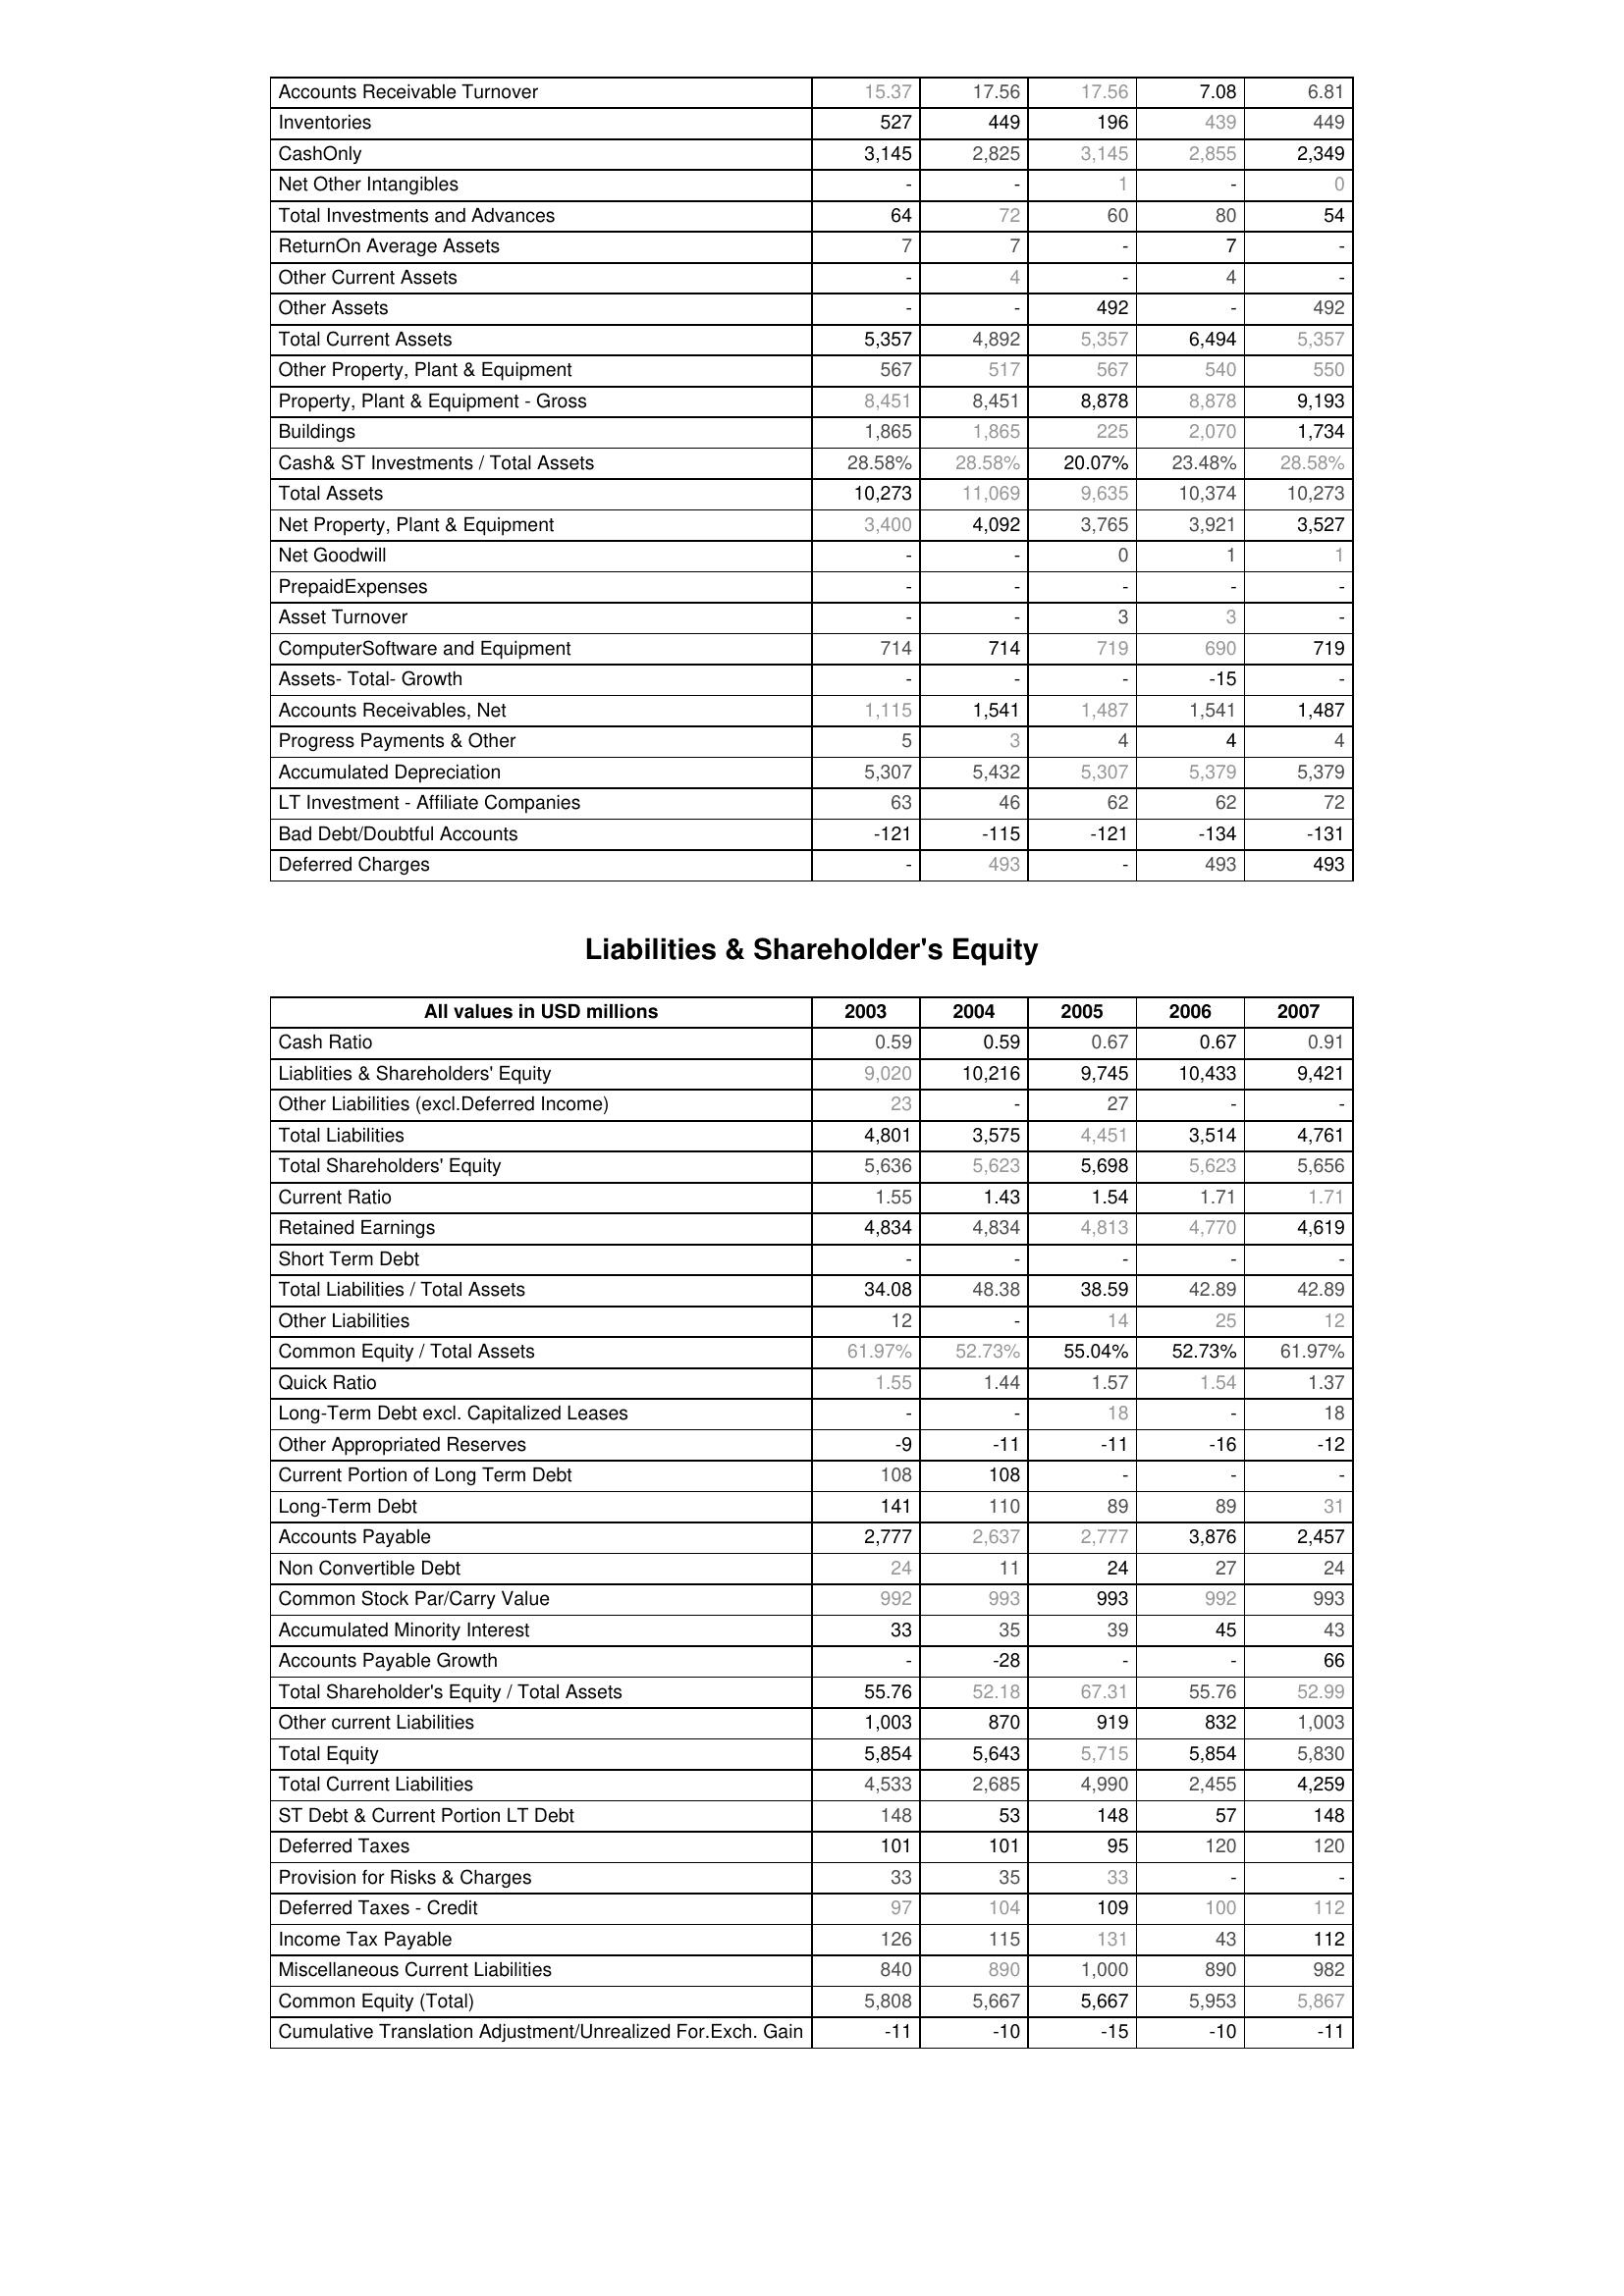
2003: Assets: Accounts Receivable Turnover: 15.37
Inventories: 527
CashOnly: 3,145
Net Other Intangibles: -
Total Investments and Advances: 64
ReturnOn Average Assets: 7
Other Current Assets: -
Other Assets: -
Total Current Assets: 5,357
Other Property, Plant & Equipment: 567
Property, Plant & Equipment - Gross : 8,451
Buildings: 1,865
Cash& ST Investments / Total Assets: 28.58%
Total Assets: 10,273
Net Property, Plant & Equipment: 3,400
Net Goodwill: -
PrepaidExpenses: -
Asset Turnover: -
ComputerSoftware and Equipment: 714
Assets- Total- Growth: -
Accounts Receivables, Net: 1,115
Progress Payments & Other: 5
Accumulated Depreciation: 5,307
LT Investment - Affiliate Companies: 63
Bad Debt/Doubtful Accounts: -121
Deferred Charges: -
Liabilities & Shareholder's Equity: Cash Ratio: 0.59
Liablities & Shareholders' Equity: 9,020
Other Liabilities (excl.Deferred Income): 23
Total Liabilities: 4,801
Total Shareholders' Equity: 5,636
Current Ratio: 1.55
Retained Earnings: 4,834
Short Term Debt: -
Total Liabilities / Total Assets: 34.08
Other Liabilities: 12
Common Equity / Total Assets: 61.97%
Quick Ratio: 1.55
Long-Term Debt excl. Capitalized Leases: -
Other Appropriated Reserves: -9
Current Portion of Long Term Debt: 108
Long-Term Debt: 141
Accounts Payable: 2,777
Non Convertible Debt: 24
Common Stock Par/Carry Value: 992
Accumulated Minority Interest: 33
Accounts Payable Growth: -
Total Shareholder's Equity / Total Assets: 55.76
Other current Liabilities: 1,003
Total Equity: 5,854
Total Current Liabilities: 4,533
ST Debt & Current Portion LT Debt: 148
Deferred Taxes: 101
Provision for Risks & Charges: 33
Deferred Taxes - Credit: 97
Income Tax Payable: 126
Miscellaneous Current Liabilities: 840
Common Equity (Total): 5,808
Cumulative Translation Adjustment/Unrealized For.Exch. Gain: -11
2004: Assets: Accounts Receivable Turnover: 17.56
Inventories: 449
CashOnly: 2,825
Net Other Intangibles: -
Total Investments and Advances: 72
ReturnOn Average Assets: 7
Other Current Assets: 4
Other Assets: -
Total Current Assets: 4,892
Other Property, Plant & Equipment: 517
Property, Plant & Equipment - Gross : 8,451
Buildings: 1,865
Cash& ST Investments / Total Assets: 28.58%
Total Assets: 11,069
Net Property, Plant & Equipment: 4,092
Net Goodwill: -
PrepaidExpenses: -
Asset Turnover: -
ComputerSoftware and Equipment: 714
Assets- Total- Growth: -
Accounts Receivables, Net: 1,541
Progress Payments & Other: 3
Accumulated Depreciation: 5,432
LT Investment - Affiliate Companies: 46
Bad Debt/Doubtful Accounts: -115
Deferred Charges: 493
Liabilities & Shareholder's Equity: Cash Ratio: 0.59
Liablities & Shareholders' Equity: 10,216
Other Liabilities (excl.Deferred Income): -
Total Liabilities: 3,575
Total Shareholders' Equity: 5,623
Current Ratio: 1.43
Retained Earnings: 4,834
Short Term Debt: -
Total Liabilities / Total Assets: 48.38
Other Liabilities: -
Common Equity / Total Assets: 52.73%
Quick Ratio: 1.44
Long-Term Debt excl. Capitalized Leases: -
Other Appropriated Reserves: -11
Current Portion of Long Term Debt: 108
Long-Term Debt: 110
Accounts Payable: 2,637
Non Convertible Debt: 11
Common Stock Par/Carry Value: 993
Accumulated Minority Interest: 35
Accounts Payable Growth: -28
Total Shareholder's Equity / Total Assets: 52.18
Other current Liabilities: 870
Total Equity: 5,643
Total Current Liabilities: 2,685
ST Debt & Current Portion LT Debt: 53
Deferred Taxes: 101
Provision for Risks & Charges: 35
Deferred Taxes - Credit: 104
Income Tax Payable: 115
Miscellaneous Current Liabilities: 890
Common Equity (Total): 5,667
Cumulative Translation Adjustment/Unrealized For.Exch. Gain: -10
2005: Assets: Accounts Receivable Turnover: 17.56
Inventories: 196
CashOnly: 3,145
Net Other Intangibles: 1
Total Investments and Advances: 60
ReturnOn Average Assets: -
Other Current Assets: -
Other Assets: 492
Total Current Assets: 5,357
Other Property, Plant & Equipment: 567
Property, Plant & Equipment - Gross : 8,878
Buildings: 225
Cash& ST Investments / Total Assets: 20.07%
Total Assets: 9,635
Net Property, Plant & Equipment: 3,765
Net Goodwill: 0
PrepaidExpenses: -
Asset Turnover: 3
ComputerSoftware and Equipment: 719
Assets- Total- Growth: -
Accounts Receivables, Net: 1,487
Progress Payments & Other: 4
Accumulated Depreciation: 5,307
LT Investment - Affiliate Companies: 62
Bad Debt/Doubtful Accounts: -121
Deferred Charges: -
Liabilities & Shareholder's Equity: Cash Ratio: 0.67
Liablities & Shareholders' Equity: 9,745
Other Liabilities (excl.Deferred Income): 27
Total Liabilities: 4,451
Total Shareholders' Equity: 5,698
Current Ratio: 1.54
Retained Earnings: 4,813
Short Term Debt: -
Total Liabilities / Total Assets: 38.59
Other Liabilities: 14
Common Equity / Total Assets: 55.04%
Quick Ratio: 1.57
Long-Term Debt excl. Capitalized Leases: 18
Other Appropriated Reserves: -11
Current Portion of Long Term Debt: -
Long-Term Debt: 89
Accounts Payable: 2,777
Non Convertible Debt: 24
Common Stock Par/Carry Value: 993
Accumulated Minority Interest: 39
Accounts Payable Growth: -
Total Shareholder's Equity / Total Assets: 67.31
Other current Liabilities: 919
Total Equity: 5,715
Total Current Liabilities: 4,990
ST Debt & Current Portion LT Debt: 148
Deferred Taxes: 95
Provision for Risks & Charges: 33
Deferred Taxes - Credit: 109
Income Tax Payable: 131
Miscellaneous Current Liabilities: 1,000
Common Equity (Total): 5,667
Cumulative Translation Adjustment/Unrealized For.Exch. Gain: -15
2006: Assets: Accounts Receivable Turnover: 7.08
Inventories: 439
CashOnly: 2,855
Net Other Intangibles: -
Total Investments and Advances: 80
ReturnOn Average Assets: 7
Other Current Assets: 4
Other Assets: -
Total Current Assets: 6,494
Other Property, Plant & Equipment: 540
Property, Plant & Equipment - Gross : 8,878
Buildings: 2,070
Cash& ST Investments / Total Assets: 23.48%
Total Assets: 10,374
Net Property, Plant & Equipment: 3,921
Net Goodwill: 1
PrepaidExpenses: -
Asset Turnover: 3
ComputerSoftware and Equipment: 690
Assets- Total- Growth: -15
Accounts Receivables, Net: 1,541
Progress Payments & Other: 4
Accumulated Depreciation: 5,379
LT Investment - Affiliate Companies: 62
Bad Debt/Doubtful Accounts: -134
Deferred Charges: 493
Liabilities & Shareholder's Equity: Cash Ratio: 0.67
Liablities & Shareholders' Equity: 10,433
Other Liabilities (excl.Deferred Income): -
Total Liabilities: 3,514
Total Shareholders' Equity: 5,623
Current Ratio: 1.71
Retained Earnings: 4,770
Short Term Debt: -
Total Liabilities / Total Assets: 42.89
Other Liabilities: 25
Common Equity / Total Assets: 52.73%
Quick Ratio: 1.54
Long-Term Debt excl. Capitalized Leases: -
Other Appropriated Reserves: -16
Current Portion of Long Term Debt: -
Long-Term Debt: 89
Accounts Payable: 3,876
Non Convertible Debt: 27
Common Stock Par/Carry Value: 992
Accumulated Minority Interest: 45
Accounts Payable Growth: -
Total Shareholder's Equity / Total Assets: 55.76
Other current Liabilities: 832
Total Equity: 5,854
Total Current Liabilities: 2,455
ST Debt & Current Portion LT Debt: 57
Deferred Taxes: 120
Provision for Risks & Charges: -
Deferred Taxes - Credit: 100
Income Tax Payable: 43
Miscellaneous Current Liabilities: 890
Common Equity (Total): 5,953
Cumulative Translation Adjustment/Unrealized For.Exch. Gain: -10
2007: Assets: Accounts Receivable Turnover: 6.81
Inventories: 449
CashOnly: 2,349
Net Other Intangibles: 0
Total Investments and Advances: 54
ReturnOn Average Assets: -
Other Current Assets: -
Other Assets: 492
Total Current Assets: 5,357
Other Property, Plant & Equipment: 550
Property, Plant & Equipment - Gross : 9,193
Buildings: 1,734
Cash& ST Investments / Total Assets: 28.58%
Total Assets: 10,273
Net Property, Plant & Equipment: 3,527
Net Goodwill: 1
PrepaidExpenses: -
Asset Turnover: -
ComputerSoftware and Equipment: 719
Assets- Total- Growth: -
Accounts Receivables, Net: 1,487
Progress Payments & Other: 4
Accumulated Depreciation: 5,379
LT Investment - Affiliate Companies: 72
Bad Debt/Doubtful Accounts: -131
Deferred Charges: 493
Liabilities & Shareholder's Equity: Cash Ratio: 0.91
Liablities & Shareholders' Equity: 9,421
Other Liabilities (excl.Deferred Income): -
Total Liabilities: 4,761
Total Shareholders' Equity: 5,656
Current Ratio: 1.71
Retained Earnings: 4,619
Short Term Debt: -
Total Liabilities / Total Assets: 42.89
Other Liabilities: 12
Common Equity / Total Assets: 61.97%
Quick Ratio: 1.37
Long-Term Debt excl. Capitalized Leases: 18
Other Appropriated Reserves: -12
Current Portion of Long Term Debt: -
Long-Term Debt: 31
Accounts Payable: 2,457
Non Convertible Debt: 24
Common Stock Par/Carry Value: 993
Accumulated Minority Interest: 43
Accounts Payable Growth: 66
Total Shareholder's Equity / Total Assets: 52.99
Other current Liabilities: 1,003
Total Equity: 5,830
Total Current Liabilities: 4,259
ST Debt & Current Portion LT Debt: 148
Deferred Taxes: 120
Provision for Risks & Charges: -
Deferred Taxes - Credit: 112
Income Tax Payable: 112
Miscellaneous Current Liabilities: 982
Common Equity (Total): 5,867
Cumulative Translation Adjustment/Unrealized For.Exch. Gain: -11